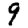
Digit: 9